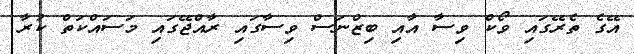
އޭގެ ތެރޭގައި ވޯކް ވިސާ އާއި ބިޒްނަސް ވިސާގައި ރާއްޖޭގައި މަސައްކަތް ކުރާ